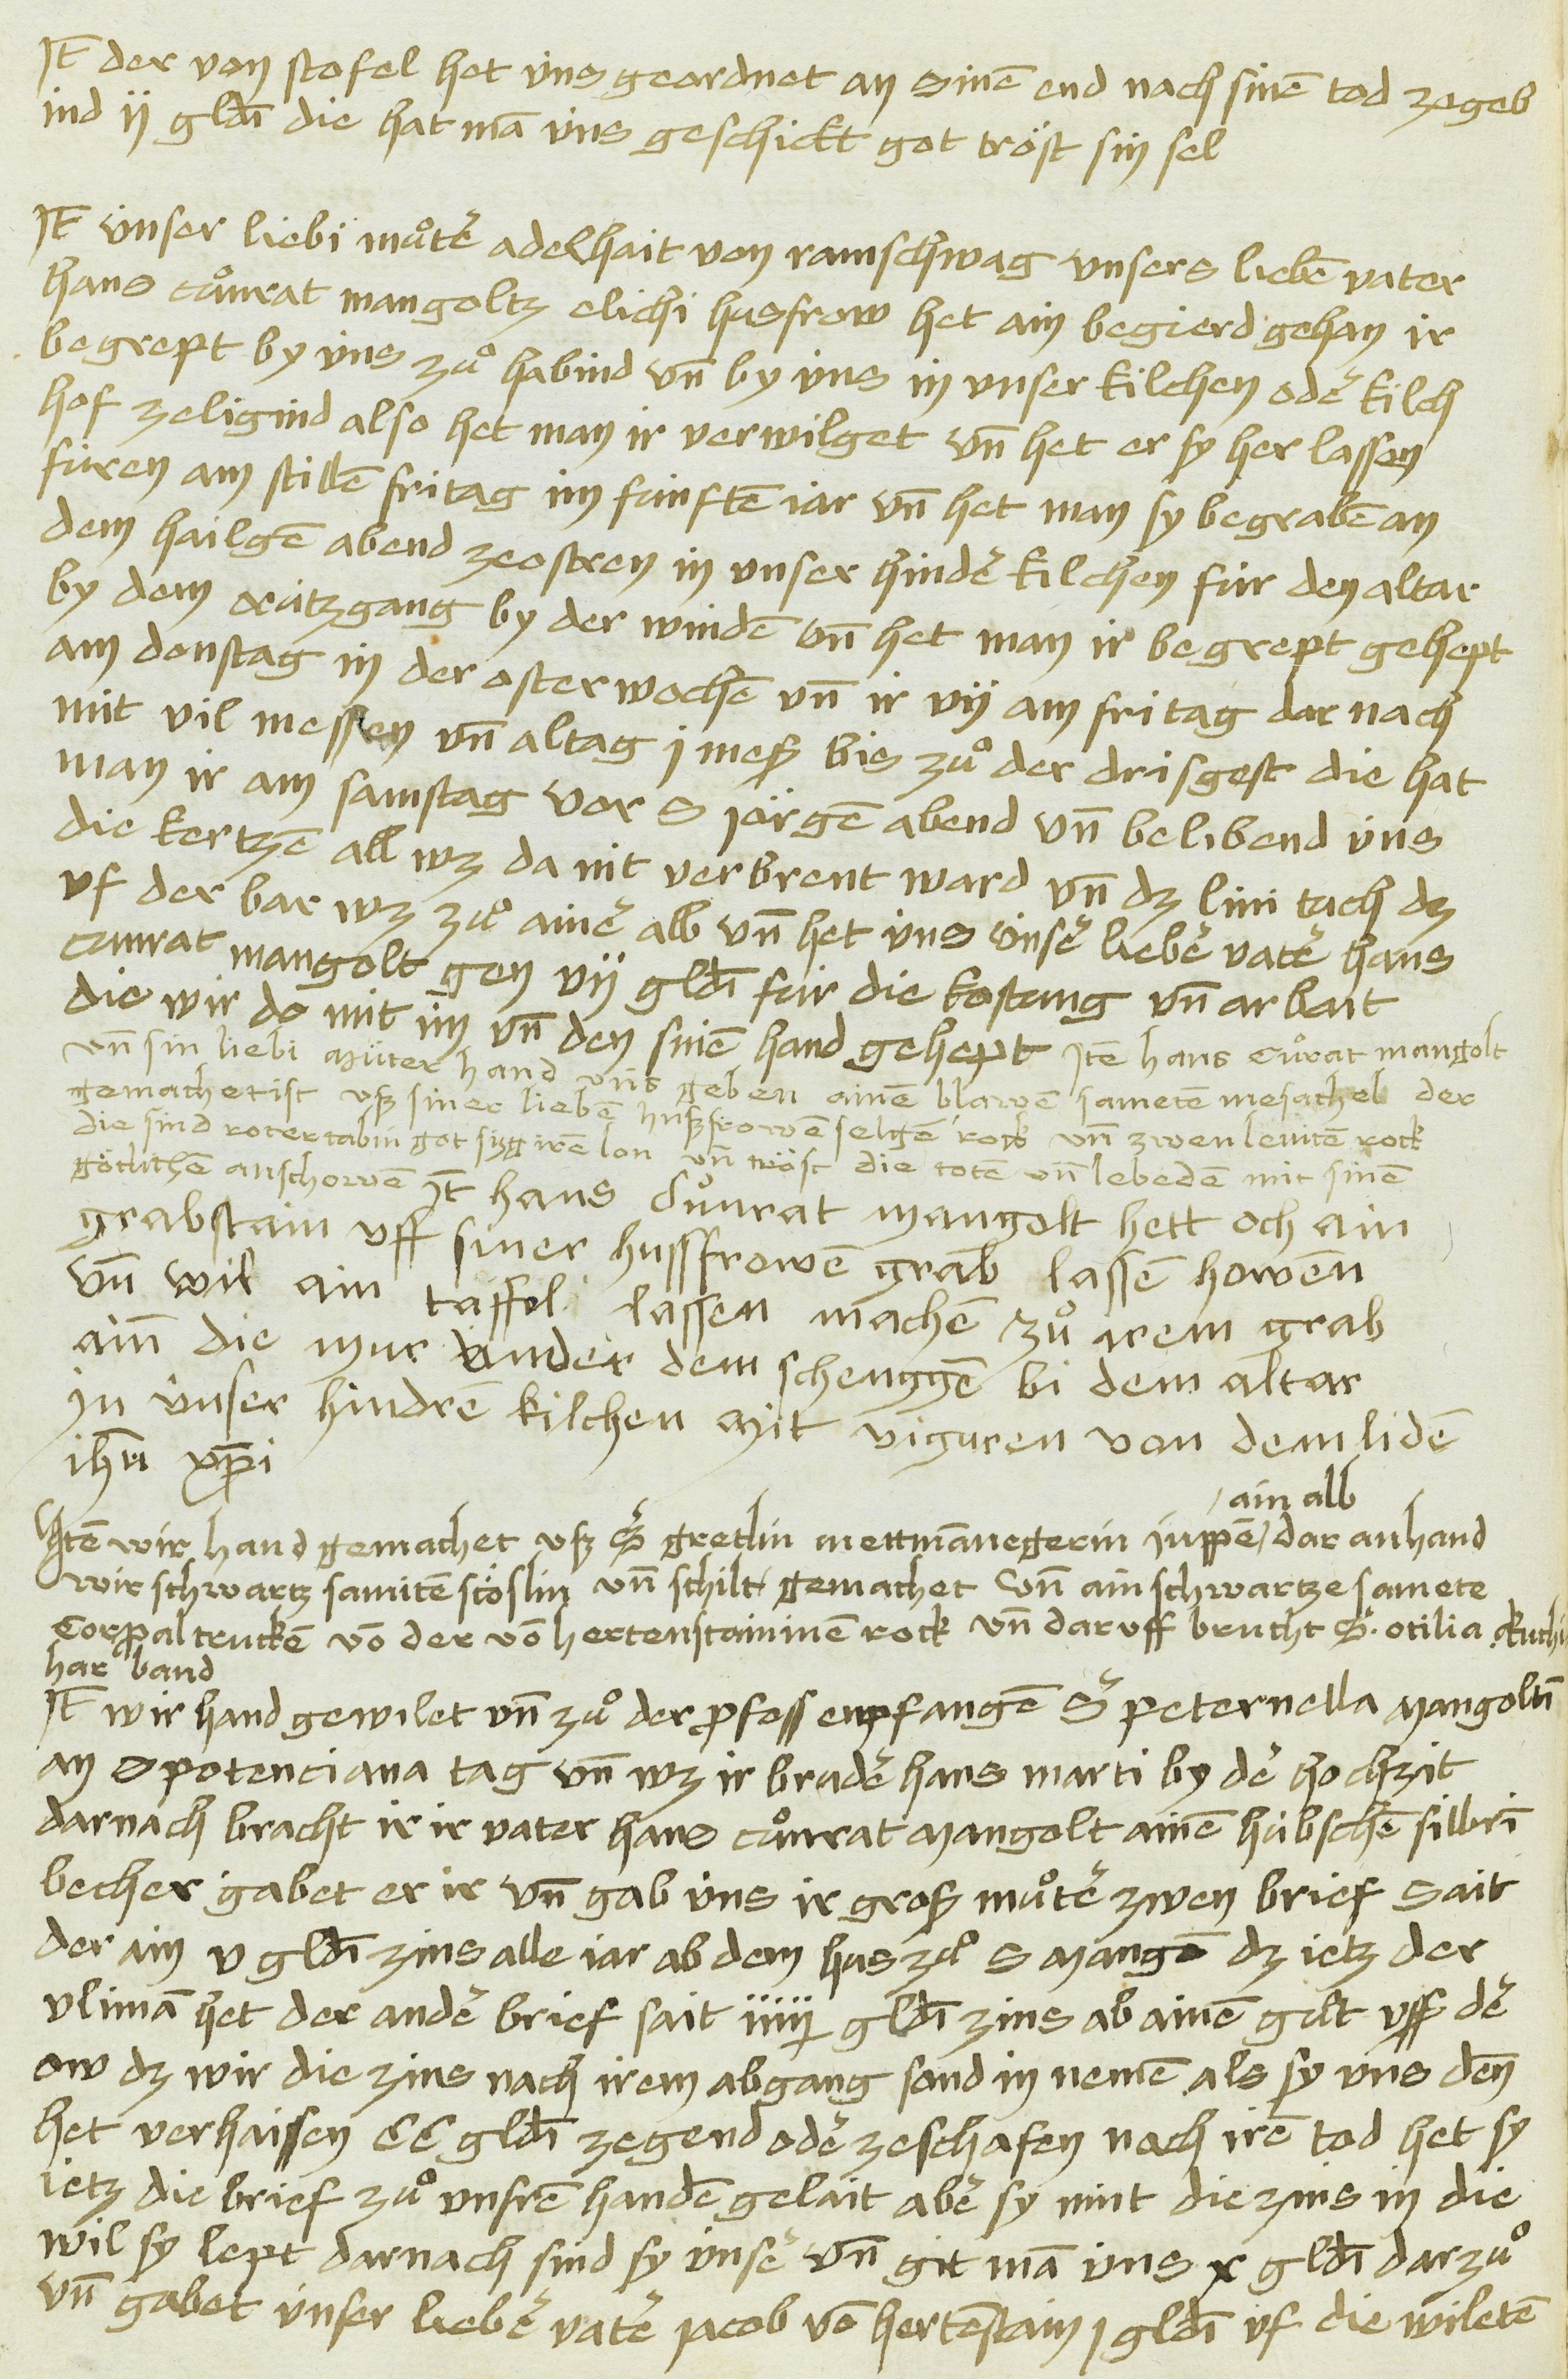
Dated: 1481–1528